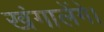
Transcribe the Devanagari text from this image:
खंगालेंगे।